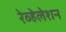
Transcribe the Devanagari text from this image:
रेव्हेलेशन